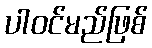
ပါဝင်မည်ဖြစ်